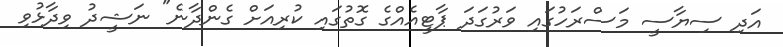
އަދި ސިޔާސީ މަސްރަހުގައި ވަރުގަދަ ޕާޓީއެއްގެ ގޮތުގައި ކުރިއަށް ގެންދާނެ" ނަޝީދު ވިދާޅުވި